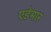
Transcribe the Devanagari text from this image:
एडेमार